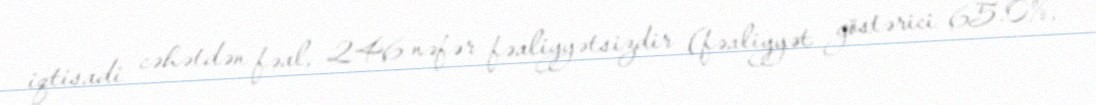
iqtisadi cəhətdən fəal, 246 nəfər fəaliyyətsizdir (fəaliyyət göstərici 65.0%,